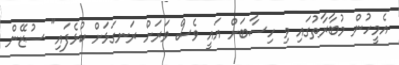
އެމީހުން މުބާރާތުގައި މި ހިސާބަށް އައީ ވެސް ވަރަށް ރަނގަޅަށް ކުޅެފައި" ސުޒޭން